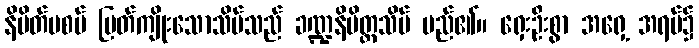
နိမိတ်မစပ် ပြတ်ကျိုးသောသိမ်သည် ခဏ္ဍနိမိတ္တသိမ် မည်၏။ ရှေးဦးစွာ အရှေ့ အရပ်၌